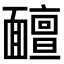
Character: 𩉊